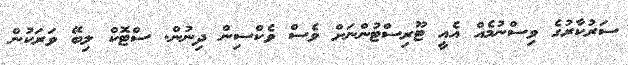
ސަރުކާރުގެ ވިސްނުމެއް އެއީ ޓޫރިސްޓުންނަށް ވެސް ވެކްސިން ދިނުން. ސްޓޮކް ލިބޭ ވަރަކުން